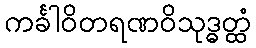
ကင်္ခါဝိတရဏဝိသုဒ္ဓတ္ထံ